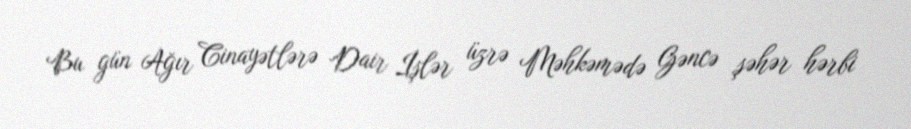
Bu gün Ağır Cinayətlərə Dair İşlər üzrə Məhkəmədə Gəncə şəhər hərbi